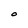
Character: O